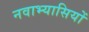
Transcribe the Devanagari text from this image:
नवाभ्यासियों